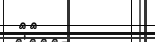
٧٠